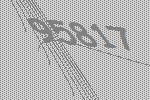
95817